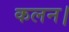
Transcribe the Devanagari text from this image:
कलन।